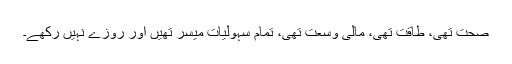
صحت تھی، طاقت تھی، مالی وسعت تھی، تمام سہولیات میسر تھیں اور روزے نہیں رکھے۔